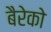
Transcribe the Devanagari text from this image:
बैरेको